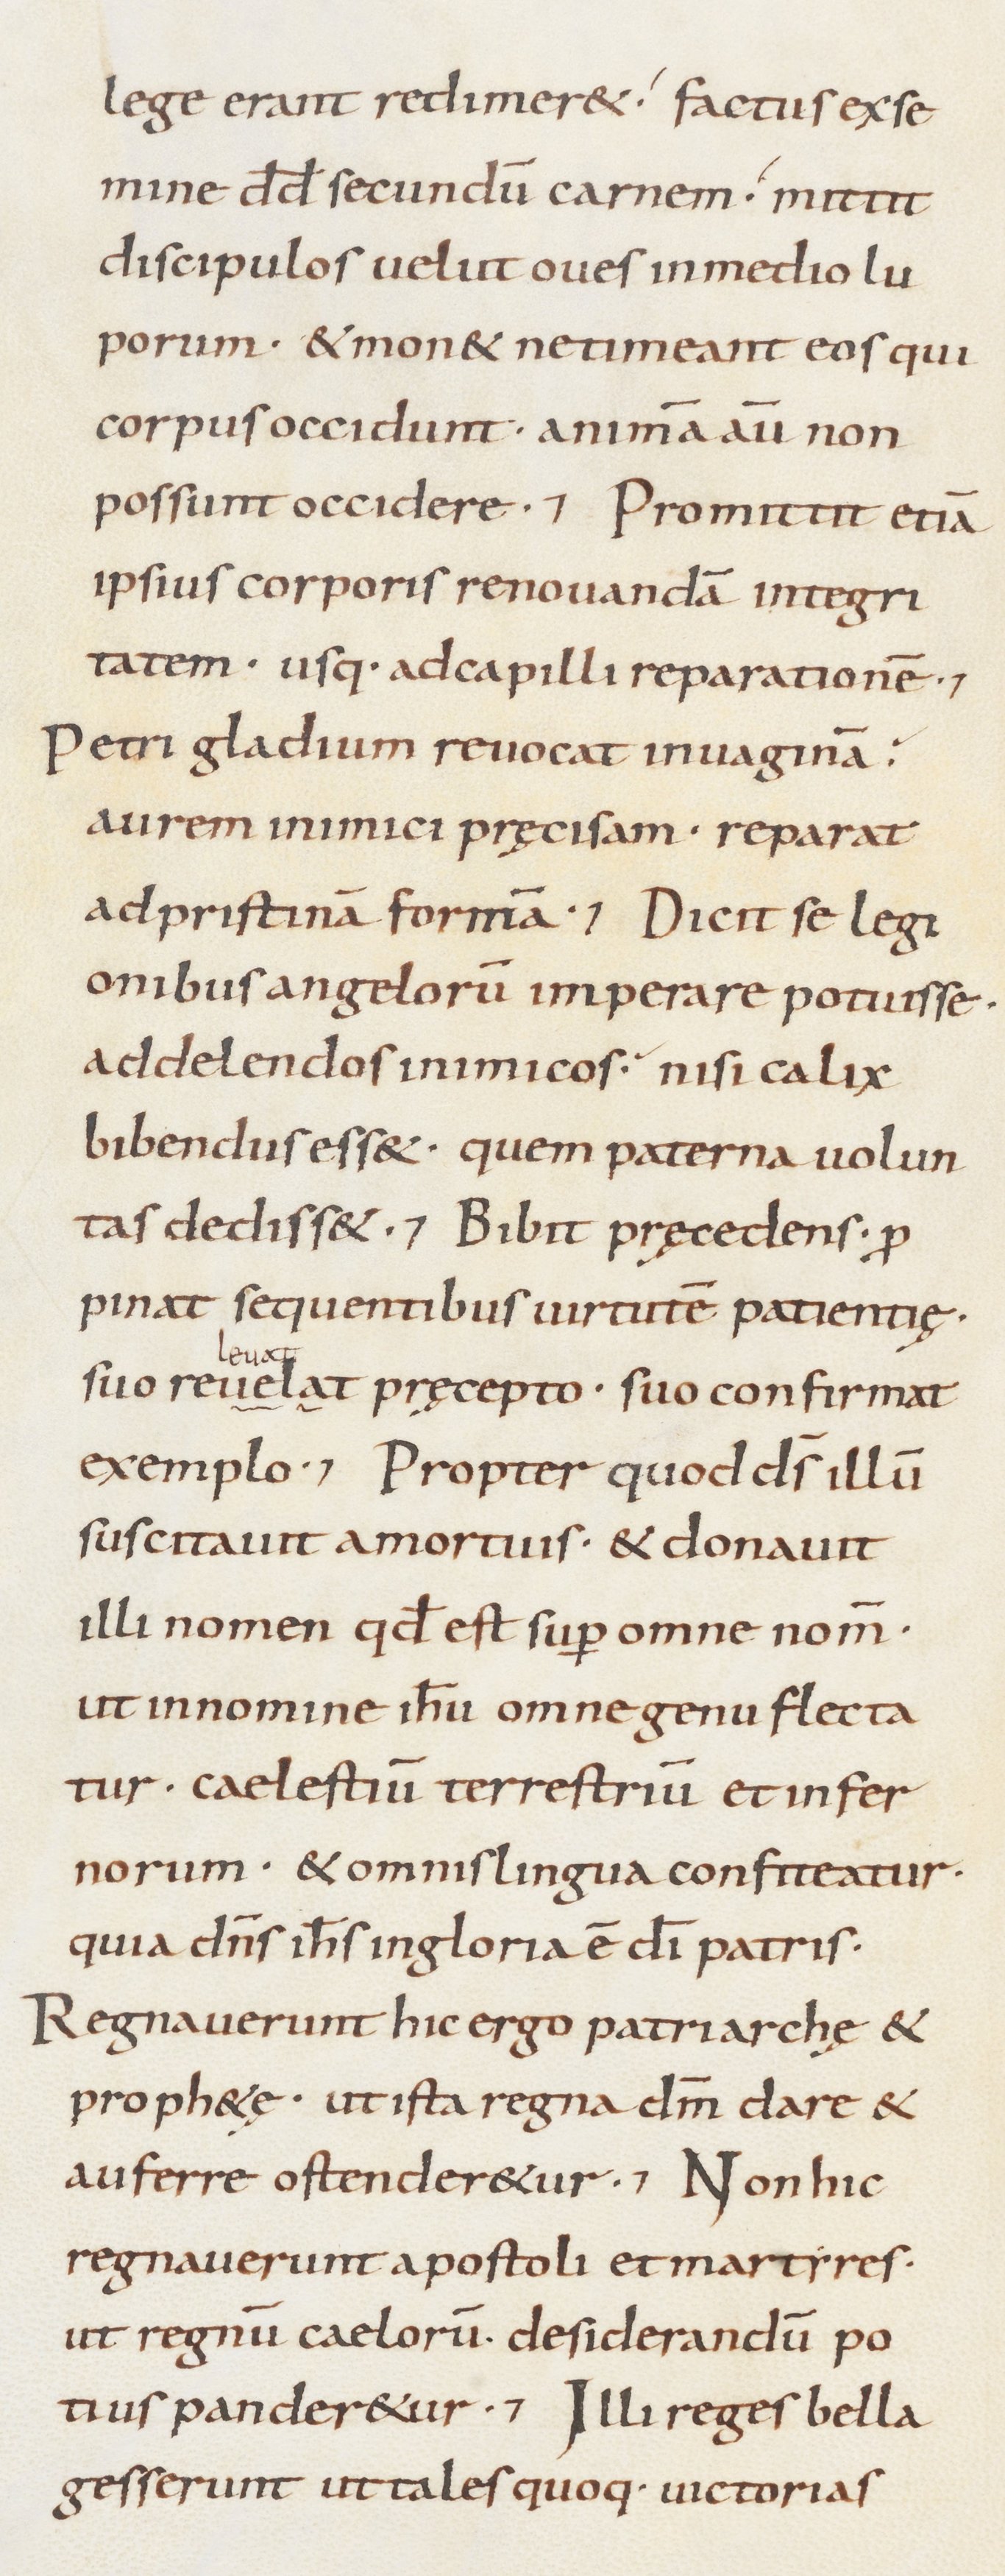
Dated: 800–899